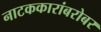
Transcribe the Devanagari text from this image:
नाटककारांबरोबर